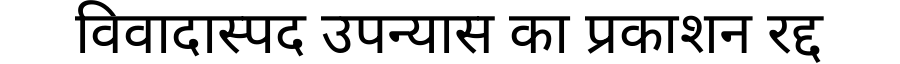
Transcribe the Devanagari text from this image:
विवादास्पद उपन्यास का प्रकाशन रद्द